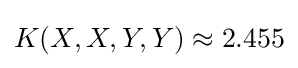
K(X,X,Y,Y)\approx 2.455